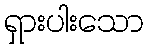
ရှားပါးသော